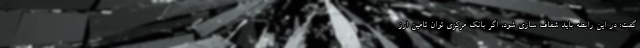
گفت: در این رابطه باید شفاف سازی شود، اگر بانک مرکزی توان تامین ارز